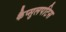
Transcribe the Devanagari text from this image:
कैप्सुलपटिस